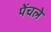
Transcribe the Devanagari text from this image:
पेंचले